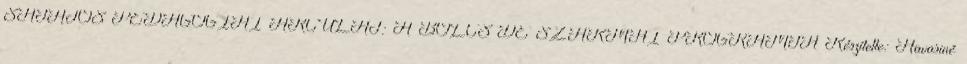
SAJÁTOS PEDAGÓGIAI ARCULAT: A BÖLCSİDE SZAKMAI PROGRAMJA Készítette: Havasiné